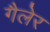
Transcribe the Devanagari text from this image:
गैलेर